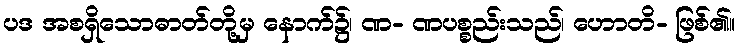
ပဒ အစရှိသောဓာတ်တို့မှ နောက်၌၊ ဏ- ဏပစ္စည်းသည်၊ ဟောတိ- ဖြစ်၏။